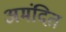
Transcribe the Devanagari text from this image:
अमंदित